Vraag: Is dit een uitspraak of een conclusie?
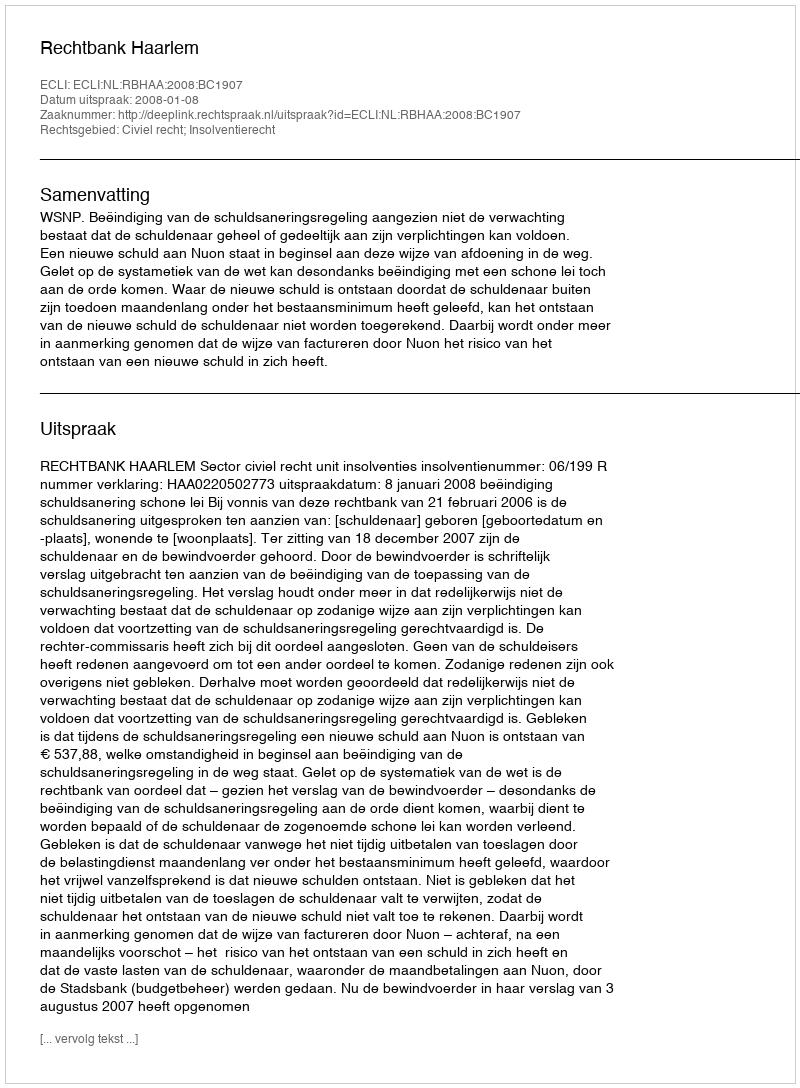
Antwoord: Uitspraak